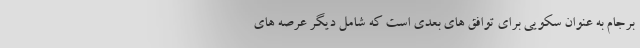
برجام به عنوان سکویی برای توافق های بعدی است که شامل دیگر عرصه های